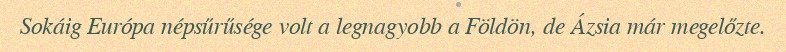
Sokáig Európa népsűrűsége volt a legnagyobb a Földön, de Ázsia már megelőzte.